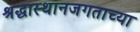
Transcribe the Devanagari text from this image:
श्रद्धास्थानजगताच्या